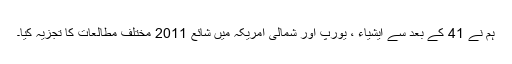
ہم نے 41 کے بعد سے ایشیاء ، یورپ اور شمالی امریکہ میں شائع 2011 مختلف مطالعات کا تجزیہ کیا۔